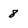
Character: 8